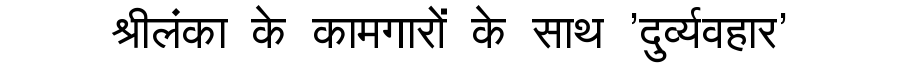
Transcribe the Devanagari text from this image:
श्रीलंका के कामगारों के साथ 'दुर्व्यवहार'